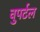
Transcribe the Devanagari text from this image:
वुपर्टल